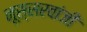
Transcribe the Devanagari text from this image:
नूस्सरवांजी